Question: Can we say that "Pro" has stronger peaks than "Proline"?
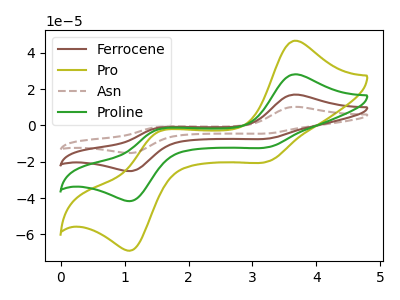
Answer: <think>The brown curve "Ferrocene" has anodic peaks at (3.65V, 56.35uA) (1.50V, -4.80uA) and cathodic peaks at (3.25V, -23.80uA) (1.15V, -82.70uA). The olive curve "Pro" has anodic peaks at (3.65V, 46.65uA) (1.50V, -3.95uA) and cathodic peaks at (3.25V, -19.70uA) (1.15V, -68.45uA). The brown dashed curve "Asn" has anodic peaks at (3.65V, 84.55uA) (1.50V, -7.15uA) and cathodic peaks at (3.25V, -35.70uA) (1.15V, -124.00uA). The green curve "Proline" has anodic peaks at (3.65V, 28.20uA) (1.50V, -2.40uA) and cathodic peaks at (3.25V, -11.90uA) (1.15V, -41.35uA).</think>
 <answer>The peaks in "Pro" are neither all higher or all lower than the peaks in "Proline".</answer>
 <eval>mixed</eval>